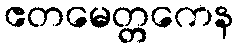
ဧတမေတ္တကေန